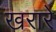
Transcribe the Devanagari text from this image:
खरारे